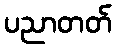
ပညာတတ်